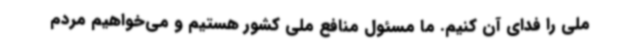
ملی را فدای آن کنیم. ما مسئول منافع ملی کشور هستیم و می‌خواهیم مردم